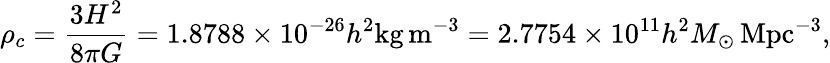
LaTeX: \rho_{c}={\frac{3H^{2}}{8\pi G}}=1.8788\times 10^{-26}h^{2}\mathrm{{kg}}\, \mathrm{{m}}^{-3}=2.7754\times 10^{11}h^{2}M_{\odot}\, \mathrm{{Mpc}}^{-3},